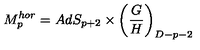
M _ { p } ^ { h o r } = A d S _ { p + 2 } \times \left( \frac { G } { H } \right) _ { D - p - 2 }